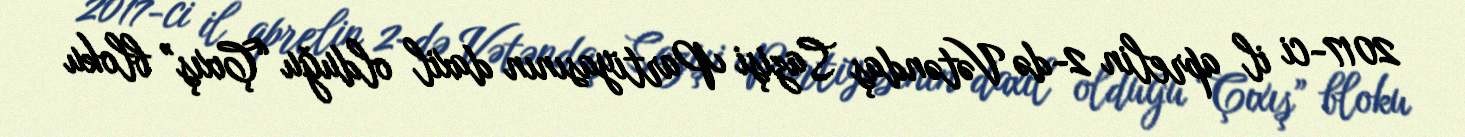
2017-ci il aprelin 2-də Vətəndaş Sazişi Partiyasının daxil olduğu “Çıxış” bloku